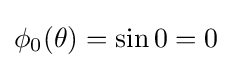
\phi _{0}(\theta )=\sin 0=0